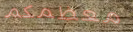
معظمكم